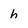
Character: h